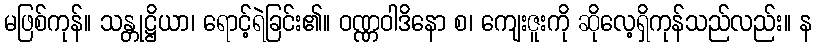
မဖြစ်ကုန်။ သန္တုဋ္ဌိယာ၊ ရောင့်ရဲခြင်း၏။ ဝဏ္ဏဝါဒိနော စ၊ ကျေးဇူးကို ဆိုလေ့ရှိကုန်သည်လည်း။ န